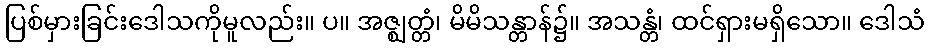
ပြစ်မှားခြင်းဒေါသကိုမူလည်း။ ပ။ အဇ္ဈတ္တံ၊ မိမိသန္တာန်၌။ အသန္တံ၊ ထင်ရှားမရှိသော။ ဒေါသံ